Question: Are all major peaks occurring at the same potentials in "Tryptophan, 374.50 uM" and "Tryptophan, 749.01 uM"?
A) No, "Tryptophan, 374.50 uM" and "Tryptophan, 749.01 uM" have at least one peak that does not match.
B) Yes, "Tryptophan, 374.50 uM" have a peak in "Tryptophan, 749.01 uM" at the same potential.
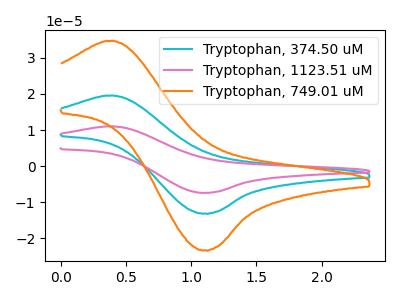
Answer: <think>The cyan curve "Tryptophan, 374.50 uM" has an anodic peak at (0.35V, 19.55uA) and a cathodic peak at (1.10V, -13.10uA). The pink curve "Tryptophan, 1123.51 uM" has an anodic peak at (0.35V, 39.10uA) and a cathodic peak at (1.10V, -26.25uA). The orange curve "Tryptophan, 749.01 uM" has an anodic peak at (0.35V, 34.70uA) and a cathodic peak at (1.10V, -23.30uA).</think>
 <answer>B) Yes, "Tryptophan, 374.50 uM" have a peak in "Tryptophan, 749.01 uM" at the same potential.</answer>
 <eval>B</eval>